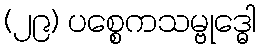
(၂၉) ပစ္စေကသမ္ဗုဒ္ဓေါ